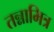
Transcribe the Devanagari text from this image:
तन्नामित्र